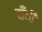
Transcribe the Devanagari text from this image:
दाँयी